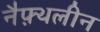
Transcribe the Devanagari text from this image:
नैफ़्थलीन